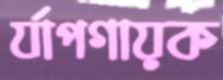
র‍্যাপগায়ক